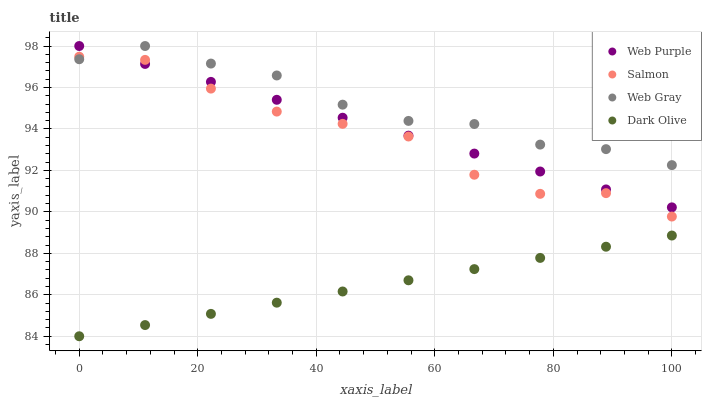
| xaxis_label | Web Purple | Salmon | Web Gray | Dark Olive |
 | --- | --- | --- | --- | --- |
 | 0 | 98 | 97.5 | 97.4 | 84 |
 | 11.1 | 97.1 | 97.3 | 98 | 84.5 |
 | 22.2 | 96.3 | 95.9 | 97.2 | 85.1 |
 | 33.3 | 95.4 | 94.8 | 96.6 | 85.6 |
 | 44.4 | 94.5 | 94.2 | 95.2 | 86.2 |
 | 55.6 | 93.7 | 93.6 | 94.4 | 86.7 |
 | 66.7 | 92.8 | 91.8 | 94.2 | 87.2 |
 | 77.8 | 91.9 | 90.9 | 93.2 | 87.8 |
 | 88.9 | 91.1 | 90.9 | 93 | 88.3 |
 | 100 | 90.2 | 89.8 | 92.3 | 88.9 |